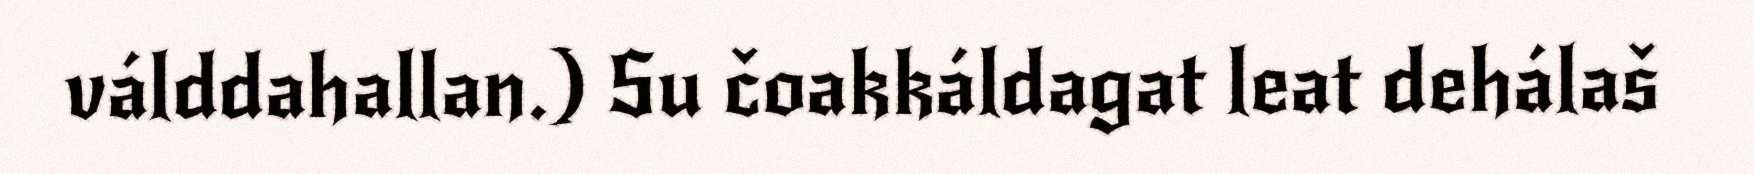
válddahallan.) Su čoakkáldagat leat dehálaš